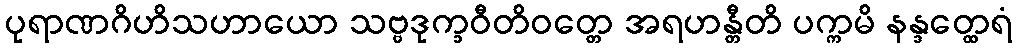
ပုရာဏဂိဟိသဟာယော သဗ္ဗဒုက္ခဝီတိဝတ္တေ အရဟန္တီတိ ပက္ကမိ နန္ဒတ္ထေရံ